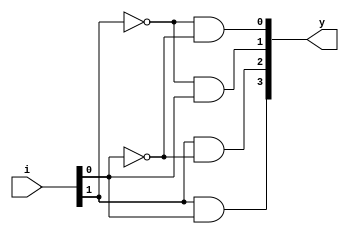
`timescale 1ns / 1ps
//////////////////////////////////////////////////////////////////////////////////
// Company: 
// Engineer: 
// 
// Design Name: 
// Module Name: Decoder
// Project Name: 
// Target Devices: 
// Tool Versions: 
// Description: 
// 
// Dependencies: 
// 
// Revision:
// Revision 0.01 - File Created
// Additional Comments:
// 
//////////////////////////////////////////////////////////////////////////////////


module Decoder(
input [1:0] i,
output [3:0] y
);

wire [1:0] ni;
not g1 (ni[0], i[0]);
not g2 (ni[1], i[1]);
and g3 (y[0] ,ni[1], ni[0]);
and g4 (y[1], ni[1], i[0]);
and g5 (y[2], i[1], ni[0]);
and g6 (y[3], i[1], i[0]);

endmodule